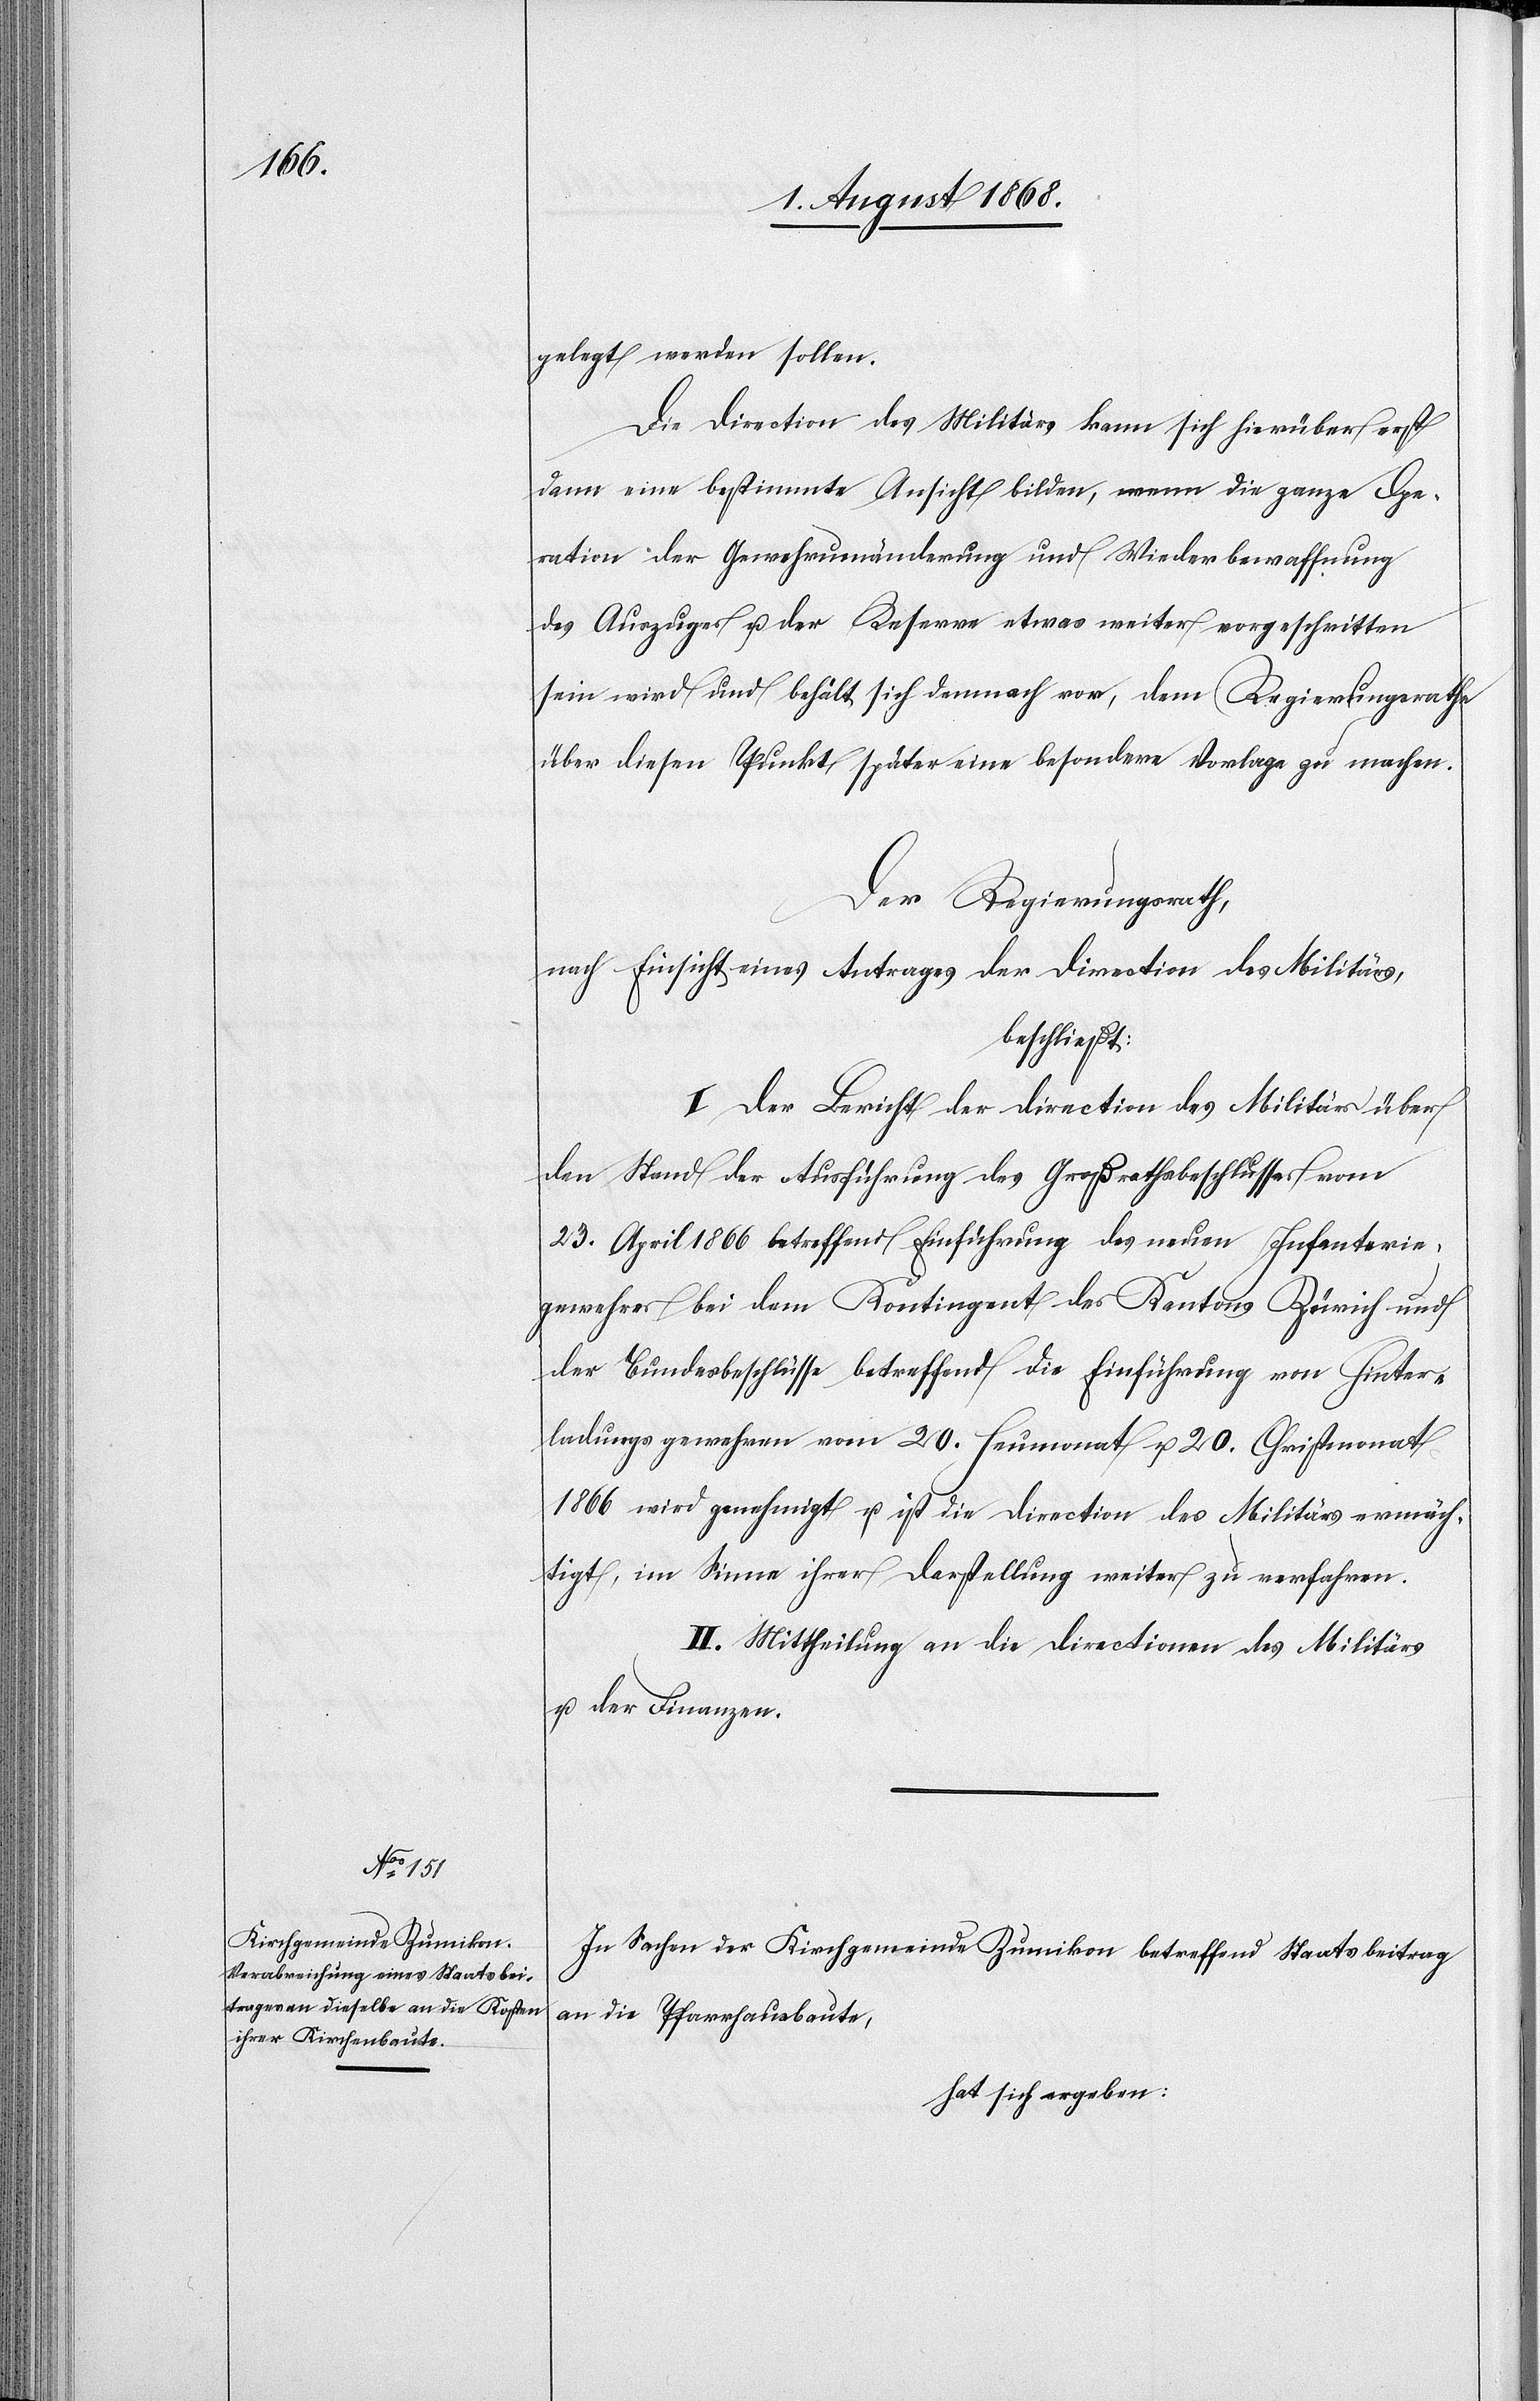
gelegt werden sollen.
Die Direction des Militärs kann sich hierüber erst
dann eine bestimmte Ansicht bilden, wenn die ganze Ope¬
ration der Gewehrumänderung und Wiederbewaffnung
des Auszuges u. der Reserve etwas weiter vorgeschritten
sein wird und behält sich demnach vor, dem Regierungsrathe
über diesen Punkt später eine besondere Vorlage zu machen.
Der Regierungsrath,
nach Einsicht eines Antrages der Direction des Militärs,
beschließt:
I. Der Bericht der Direction des Militärs über
den Stand der Ausführung des Großrathsbeschlusses vom
23. April 1866 betreffend Einführung des neuen Infanterie¬
gewehres bei dem Kontingent des Kantons Zürich und
der Bundesbeschlüsse betreffend die Einführung von Hinter¬
ladungsgewehren vom 20. Heumonat u. 20. Christmonat
1866 wird genehmigt u. ist die Direction des Militärs ermäch¬
tigt, im Sinne ihrer Darstellung weiter zu verfahren.
II. Mittheilung an die Directionen des Militärs
u. der Finanzen.
In Sachen der Kirchgemeinde Zumikon betreffend Staatsbeitrag
an die Pfarrhausbaute,
hat sich ergeben: